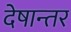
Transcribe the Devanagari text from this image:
देषान्‍तर